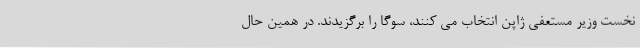
نخست وزیر مستعفی ژاپن انتخاب می کنند، سوگا را برگزیدند. در همین حال